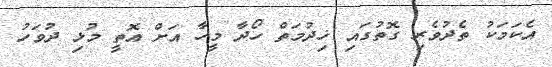
އެކަމަކު ތެދުވެރި ގޮތުގައި ޚިދުމަތް ހޯދާ މީހާ އަށް އޮތީ މުޅި ދުވަހު